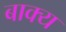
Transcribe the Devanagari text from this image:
बाक्य